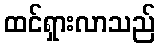
ထင်ရှားလာသည်